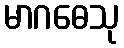
မာဂဓေသု